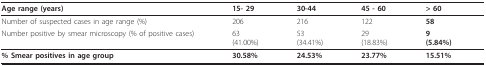
<table><thead><tr><td><b>Age range (years)</b></td><td><b>15- 29</b></td><td><b>30-44</b></td><td><b>45 - 60</b></td><td><b>&gt; 60</b></td></tr></thead><tbody><tr><td>Number of suspected cases in age range (%)</td><td>206</td><td>216</td><td>122</td><td><b>58</b></td></tr><tr><td>Number positive by smear microscopy (% of positive cases)</td><td>63(41.00%)</td><td>53(34.41%)</td><td>29(18.83%)</td><td><b>9</b><b>(5.84%)</b></td></tr><tr><td><b>% Smear positives in age group</b></td><td><b>30.58%</b></td><td><b>24.53%</b></td><td><b>23.77%</b></td><td><b>15.51%</b></td></tr></tbody></table>